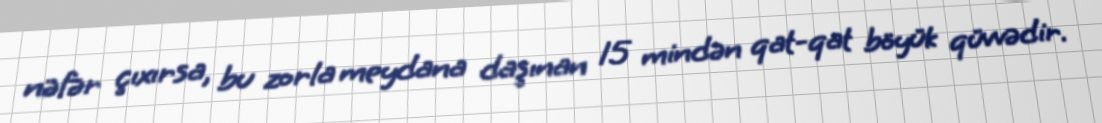
nəfər çıxırsa, bu zorla meydana daşınan 15 mindən qat-qat böyük qüvvədir.